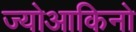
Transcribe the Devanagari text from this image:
ज्योआकिनो